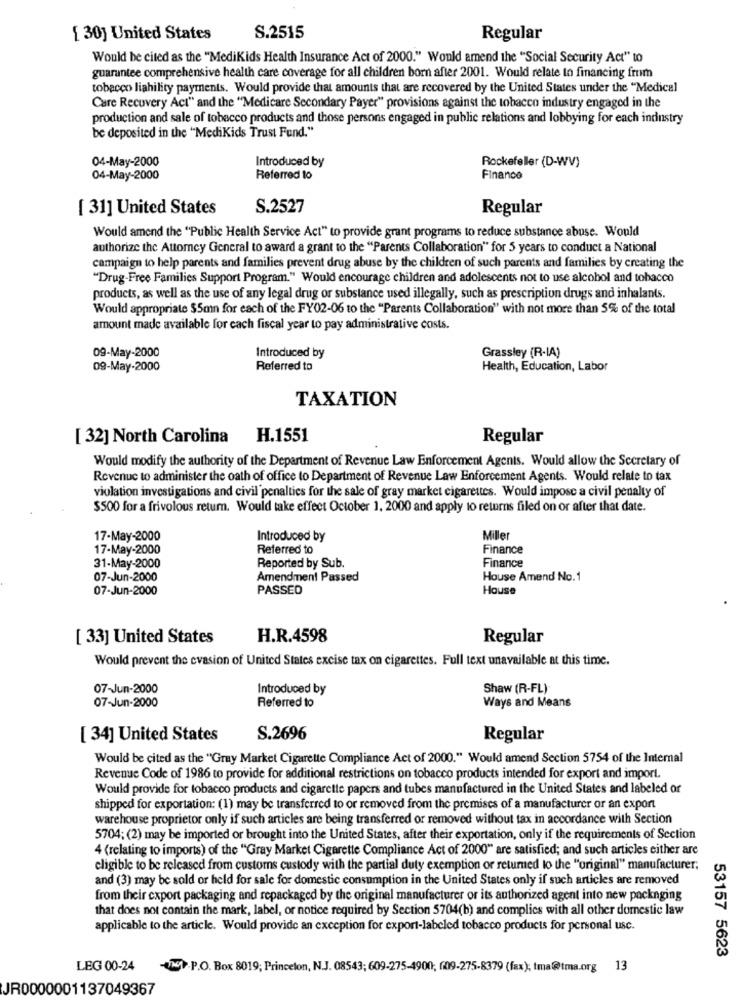
[ 30] United States
S.2515
Regular
Would be cited as the "MediKids Health Insurance Act of 2000." Would amend the "Social Security Act" to
guarantee comprehensive health care coverage for all children born after 2001. Would relate to financing from
tobacco liability payments. Would provide that amounts that are recovered by the United States under the "Medical
Care Recuvery Act" and the "Medicare Secondary Payer" provisions against the tobacco industry engaged in the
production and sale of tobacco products and those persons engaged in public relations and lobbying for each industry
be deposited in the "MediKids Trust Fund."
04-May-2000
Introduced by
Rockefeller (D-WV)
04-May-2000
Referred to
Financo
[ 31] United States
S.2527
Regular
Would amend the "Public Health Service Act" to provide grant programs to reduce substance abuse. Would
authorize the Attorney General to award a grant to the "Parents Collaboration" for 5 years to conduct a National
campaign to help parents and families prevent drug abuse by the children of such parents and families by creating the
"Drug-Free Families Support Program." Would encourage children and adolescents not to use alcohol and tobacco
products, as well as the use of any legal drug or substance used illegally, such as prescription drugs and inhalants.
Would appropriate $5mn for each of the FY02-06 to the "Parents Collaboration" with not more than 5% of the total
amount made available for each fiscal year to pay administrative costs.
09-May-2000
Grassley (R-IA)
Introduced by
09-May-2000
Referred to
Health, Education, Labor
TAXATION
[ 32] North Carolina H.1551
Regular
Would modify the authority of the Department of Revenue Law Enforcement Agents. Would allow the Secretary of
Revenue to administer the oath of office to Department of Revenue Law Enforcement Agents. Would relate to tax
violation investigations and civil penalties for the sale of gray market cigarettes. Would impose a civil penalty of
$500 for a frivolous retum. Would take effect October 1, 2000 and apply to returns filled on or after that date.
17-May-2000
Introduced by
Miller
17-May-2000
Referred to
Finance
31-May-2000
Reported by Sub.
Finance
07-Jun-2000
Amendment Passed
House Amend No.1
07-Jun-2000
PASSED
House
[ 33] United States
H.R.4598
Regular
Would prevent the evasion of United States excise tax on cigarettes. Full text unavailable at this time.
07-Jun-2000
Introduced by
Shaw (R-FL)
07-Jun-2000
Referred to
Ways and Means
[ 34] United States
S.2696
Regular
Would be cited as the "Gray Market Cigarette Compliance Act of 2000." Would amend Section 5754 of the Internal
Revenue Code of 1986 to provide for additional restrictions on tobacco products intended for export and import.
Would provide for tobacco products and cigarette papers and tubes manufactured in the United States and labeled or
shipped for exportation: (1) may be transferred to or removed from the premises of a manufacturer or an export
warehouse proprietor only if such articles are being transferred or removed without tax in accordance with Section
5704; (2) may be imported or brought into the United States, after their exportation, only if the requirements of Section
4 (relating to imports) of the "Gray Market Cigarette Compliance Act of 2000" are satisfied; and such articles either are
eligible to be released from customs custody with the partial duty exemption or returned to the "original" manufacturer;
and (3) may be sold or held for sale for domestic consumption in the United States only if such articles are removed
from their cxport packaging and repackaged by the original manufacturer or its authorized agent into new packaging
that does not contain the mark, label, or notice required by Section 5704(b) and complies with all other domestic law
applicable to the article. Would provide an exception for export-labeled tobacco products for personal use.
53157 5623
LEG 00-24
WNGP.P.O. Box 8019; Princeton, N.J. 08543; 609-275-4900; (09-275-8379 (fax); tma@tma.org 13
JR0000001137049367